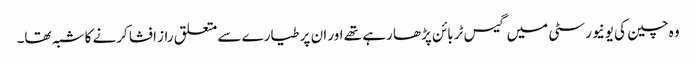
وہ چین کی یونیورسٹی میں گیس ٹربائن پڑھا رہے تھے اور ان پر طیارے سے متعلق راز افشا کرنے کا شبہ تھا۔